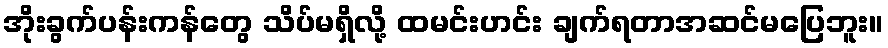
အိုးခွက်ပန်းကန်တွေ သိပ်မရှိလို့ ထမင်းဟင်း ချက်ရတာအဆင်မပြေဘူး။